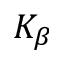
K _ { \beta }